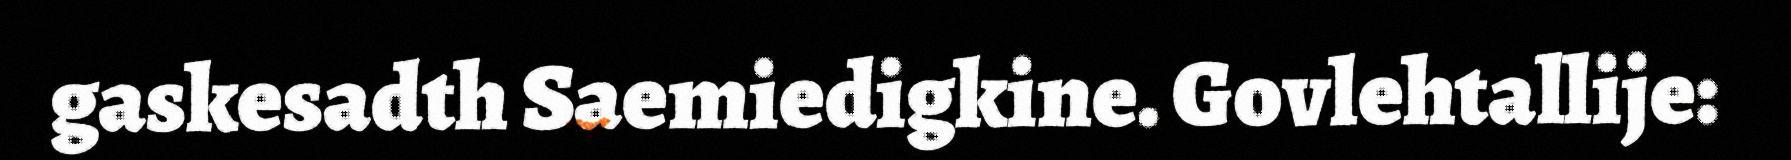
gaskesadth Saemiedigkine. Govlehtallije: